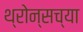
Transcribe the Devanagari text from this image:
थ्रोन्सच्या